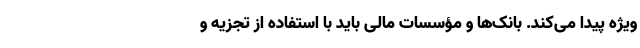
ویژه پیدا می‌کند. بانک‌ها و مؤسسات مالی باید با استفاده از تجزیه و